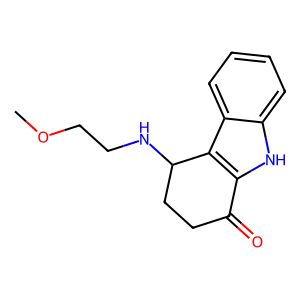
SMILES: COCCNC1CCC(=O)c2[nH]c3ccccc3c21
Inhibits HIV replication: No